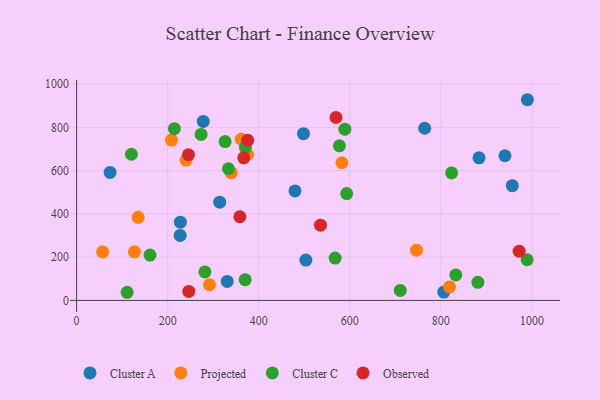
{"axis": {"x": "Price", "y": "Fuel Efficiency"}, "legend": ["Cluster A", "Cluster C", "Observed", "Projected"], "data": [{"x": "228.0", "y": 361.9, "type": "Cluster A"}, {"x": "764.5", "y": 796.1, "type": "Cluster A"}, {"x": "940.7", "y": 669.1, "type": "Cluster A"}, {"x": "990.0", "y": 928.1, "type": "Cluster A"}, {"x": "498.3", "y": 770.9, "type": "Cluster A"}, {"x": "278.3", "y": 827.8, "type": "Cluster A"}, {"x": "73.6", "y": 591.9, "type": "Cluster A"}, {"x": "330.8", "y": 88.0, "type": "Cluster A"}, {"x": "806.5", "y": 38.5, "type": "Cluster A"}, {"x": "227.5", "y": 300.5, "type": "Cluster A"}, {"x": "883.8", "y": 659.4, "type": "Cluster A"}, {"x": "314.3", "y": 454.1, "type": "Cluster A"}, {"x": "956.9", "y": 530.6, "type": "Cluster A"}, {"x": "503.6", "y": 186.7, "type": "Cluster A"}, {"x": "479.7", "y": 506.2, "type": "Cluster A"}, {"x": "127.0", "y": 224.5, "type": "Projected"}, {"x": "240.6", "y": 649.2, "type": "Projected"}, {"x": "208.4", "y": 741.4, "type": "Projected"}, {"x": "339.6", "y": 590.0, "type": "Projected"}, {"x": "57.2", "y": 224.0, "type": "Projected"}, {"x": "819.0", "y": 62.2, "type": "Projected"}, {"x": "135.2", "y": 384.3, "type": "Projected"}, {"x": "746.5", "y": 232.1, "type": "Projected"}, {"x": "582.7", "y": 636.6, "type": "Projected"}, {"x": "291.9", "y": 72.4, "type": "Projected"}, {"x": "361.6", "y": 745.8, "type": "Projected"}, {"x": "375.6", "y": 674.8, "type": "Projected"}, {"x": "589.2", "y": 792.1, "type": "Cluster C"}, {"x": "326.2", "y": 734.6, "type": "Cluster C"}, {"x": "120.4", "y": 676.0, "type": "Cluster C"}, {"x": "881.3", "y": 83.7, "type": "Cluster C"}, {"x": "333.5", "y": 608.9, "type": "Cluster C"}, {"x": "370.2", "y": 95.7, "type": "Cluster C"}, {"x": "989.5", "y": 188.0, "type": "Cluster C"}, {"x": "832.8", "y": 117.8, "type": "Cluster C"}, {"x": "577.2", "y": 715.1, "type": "Cluster C"}, {"x": "370.7", "y": 707.5, "type": "Cluster C"}, {"x": "823.6", "y": 589.7, "type": "Cluster C"}, {"x": "111.0", "y": 37.6, "type": "Cluster C"}, {"x": "161.2", "y": 209.5, "type": "Cluster C"}, {"x": "281.8", "y": 131.9, "type": "Cluster C"}, {"x": "710.8", "y": 46.1, "type": "Cluster C"}, {"x": "593.2", "y": 493.9, "type": "Cluster C"}, {"x": "214.8", "y": 794.4, "type": "Cluster C"}, {"x": "567.8", "y": 195.8, "type": "Cluster C"}, {"x": "273.4", "y": 767.4, "type": "Cluster C"}, {"x": "569.7", "y": 845.8, "type": "Observed"}, {"x": "245.7", "y": 673.7, "type": "Observed"}, {"x": "367.2", "y": 659.5, "type": "Observed"}, {"x": "246.4", "y": 41.4, "type": "Observed"}, {"x": "972.0", "y": 227.5, "type": "Observed"}, {"x": "375.8", "y": 740.7, "type": "Observed"}, {"x": "358.6", "y": 386.9, "type": "Observed"}, {"x": "535.7", "y": 348.0, "type": "Observed"}]}